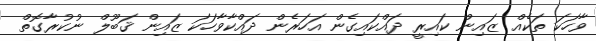
ވާހަކަ ތަކެއް ޒައިން ކައިރީ ދައްކައިގެން އަހަރެން ދައްކާވާހަކަ ޒައިން ޤަބޫލް ނުކުރާގޮތް